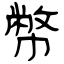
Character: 幣